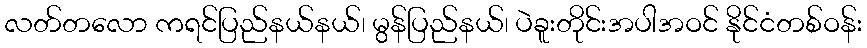
လတ်တလော ကရင်ပြည်နယ်နယ်၊ မွန်ပြည်နယ်၊ ပဲခူးတိုင်းအပါအဝင် နိုင်ငံတစ်ဝန်း